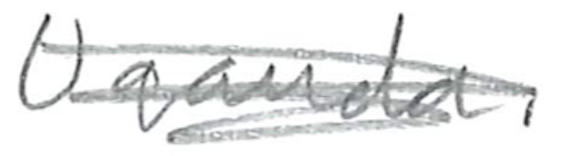
Text: Uganda.
Cross-out: scratch
Writing tool: pencil